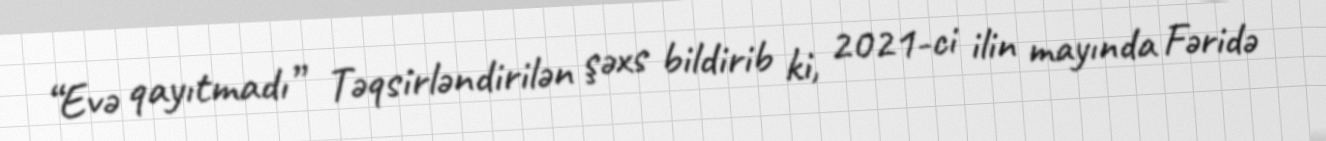
“Evə qayıtmadı” Təqsirləndirilən şəxs bildirib ki, 2021-ci ilin mayında Fəridə